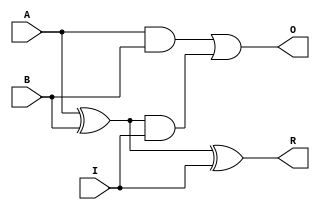
module Add_1bit(R,O,A,B,I);
input A,B,I;
output R,O;
	assign	R = A ^ B ^ I,
				O = (A & B) | ((A ^ B) & I);
endmodule